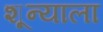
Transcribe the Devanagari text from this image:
शून्याला